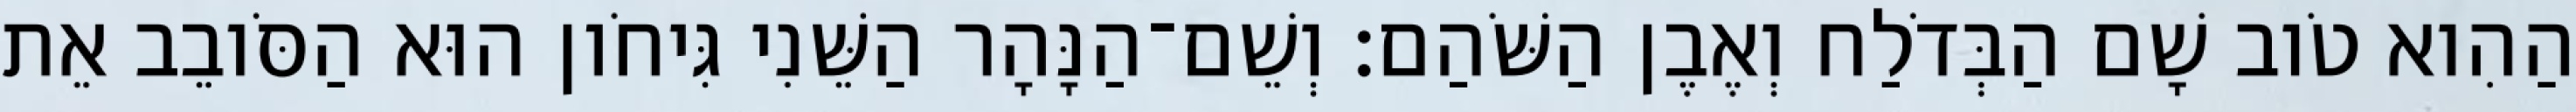
הַהִוא טֹוב שָׁם הַבְּדֹלַח וְאֶבֶן הַשֹּׁהַם׃ וְשֵׁם־הַנָּהָר הַשֵּׁנִי גִּיחֹון הוּא הַסֹּובֵב אֵת